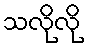
သလိုလို